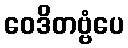
ဝေဒိတဗ္ဗံပေ